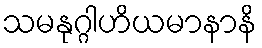
သမနုဂ္ဂါဟိယမာနာနိ